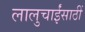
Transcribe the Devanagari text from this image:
लालुचाईंसाठीं